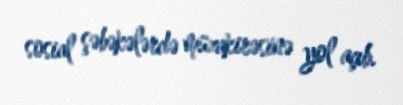
sosial şəbəkələrdə müzakirəsinə yol açıb.